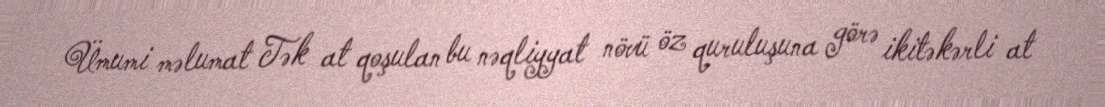
Ümumi məlumat Tək at qoşulan bu nəqliyyat növü öz quruluşuna görə ikitəkərli at